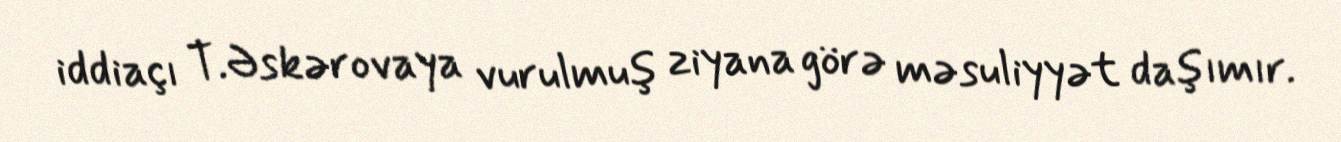
iddiaçı T.Əskərovaya vurulmuş ziyana görə məsuliyyət daşımır.